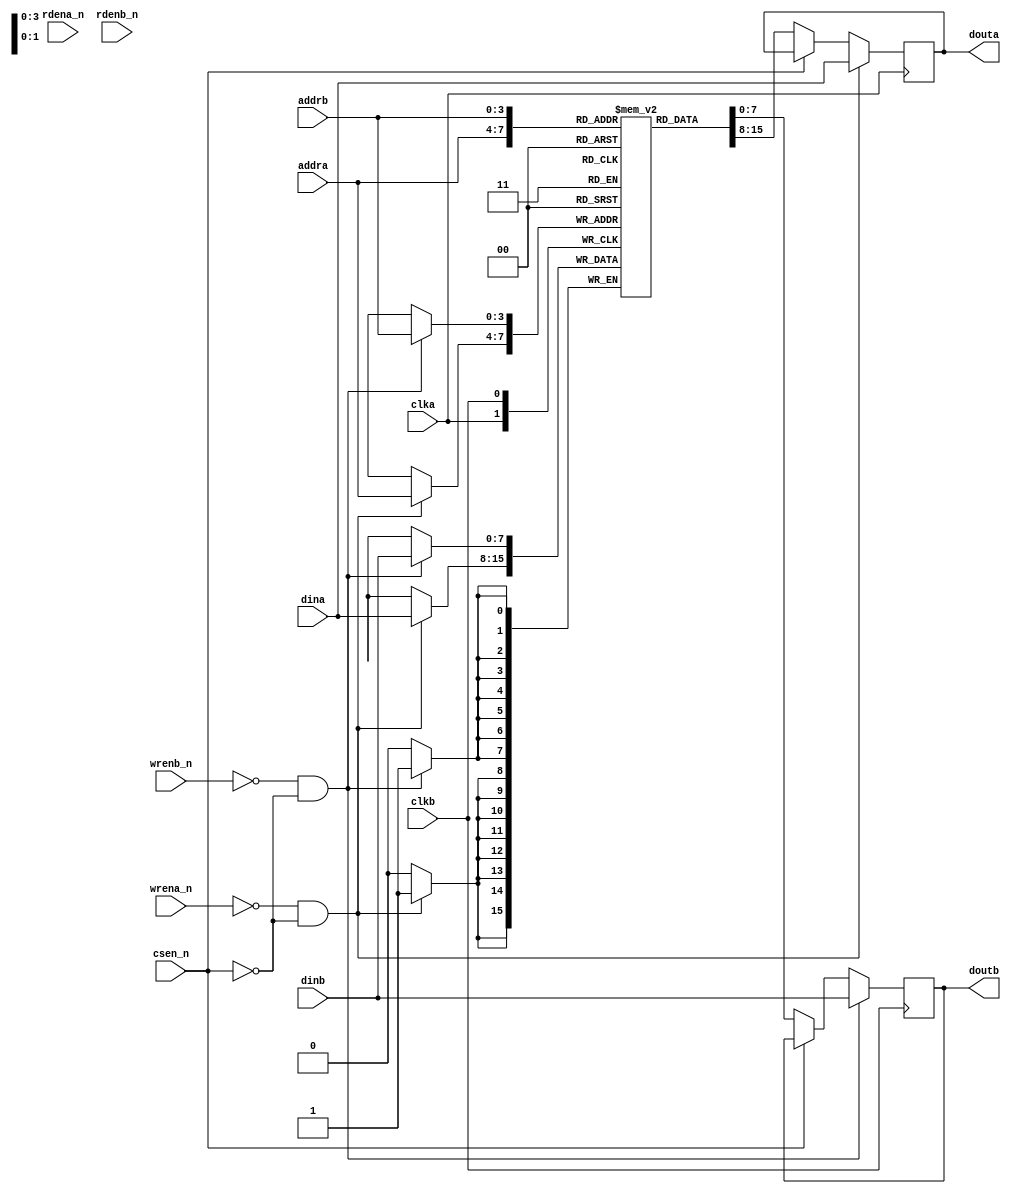
module ture_dp_sram(/*autoarg*/
   // Outputs
   douta, doutb,
   // Inputs
   clka, clkb, csen_n, dina, addra, wrena_n, rdena_n, dinb, addrb, wrenb_n,
   rdenb_n
   );
    parameter           ADDR_WIDTH  =   4;
    parameter           DATA_WIDTH  =   8;
    input           clka;
    input           clkb;
    input           csen_n;
    //Port A Signal
    input   [DATA_WIDTH-1:0]   dina;
    input   [ADDR_WIDTH-1:0]   addra;
    output reg [DATA_WIDTH-1:0]   douta;
    input           wrena_n;
    input           rdena_n;
    //Port B Signal
    input   [DATA_WIDTH-1:0]   dinb;
    input   [ADDR_WIDTH-1:0]   addrb;
    output reg [DATA_WIDTH-1:0]   doutb;
    input           wrenb_n;
    input           rdenb_n;

reg     [DATA_WIDTH-1:0]   register[2**ADDR_WIDTH-1:0];

always @(posedge clka)begin
        if(!wrena_n && !csen_n)begin
        register[addra] <= dina;
        douta <= dina;
end
    else if(!csen_n)
        douta <= register[addra];    
end

always @(posedge clkb)begin
        if(!wrenb_n && !csen_n)begin
        register[addrb] <= dinb;
        doutb <= dinb;
end
    else if (!csen_n)begin
        doutb <= register[addrb];
    end
end

endmodule